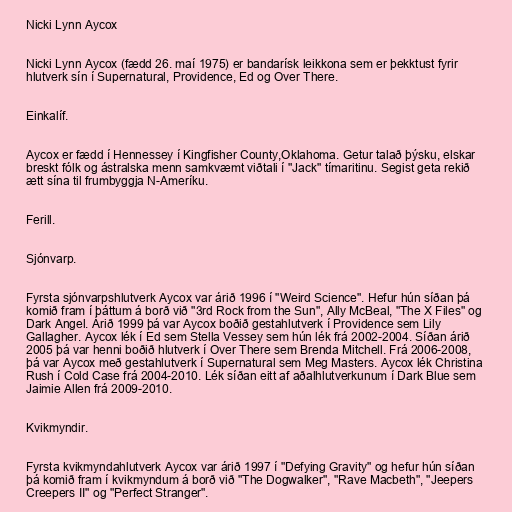
Nicki Lynn Aycox

Nicki Lynn Aycox (fædd 26. maí 1975) er bandarísk leikkona sem er þekktust fyrir
hlutverk sín í Supernatural, Providence, Ed og Over There.

Einkalíf.

Aycox er fædd í Hennessey í Kingfisher County,Oklahoma. Getur talað þýsku, elskar
breskt fólk og ástralska menn samkvæmt viðtali í "Jack" tímaritinu. Segist geta rekið
ætt sína til frumbyggja N-Ameríku.

Ferill.

Sjónvarp.

Fyrsta sjónvarpshlutverk Aycox var árið 1996 í "Weird Science". Hefur hún síðan þá
komið fram í þáttum á borð við "3rd Rock from the Sun", Ally McBeal, "The X Files" og
Dark Angel. Árið 1999 þá var Aycox boðið gestahlutverk í Providence sem Lily
Gallagher. Aycox lék í Ed sem Stella Vessey sem hún lék frá 2002-2004. Síðan árið
2005 þá var henni boðið hlutverk í Over There sem Brenda Mitchell. Frá 2006-2008,
þá var Aycox með gestahlutverk í Supernatural sem Meg Masters. Aycox lék Christina
Rush í Cold Case frá 2004-2010. Lék síðan eitt af aðalhlutverkunum í Dark Blue sem
Jaimie Allen frá 2009-2010.

Kvikmyndir.

Fyrsta kvikmyndahlutverk Aycox var árið 1997 í "Defying Gravity" og hefur hún síðan
þá komið fram í kvikmyndum á borð við "The Dogwalker", "Rave Macbeth", "Jeepers
Creepers II" og "Perfect Stranger".